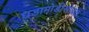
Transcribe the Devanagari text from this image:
घडामोडींसोबत